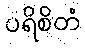
ပရိစိတံ